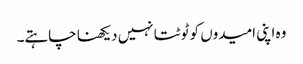
وہ اپنی امیدوں کو ٹوٹتا نہیں دیکھنا چاہتے۔